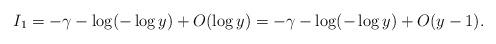
LaTeX: \begin{align*}I_1=-\gamma-\log(-\log y)+O(\log y)=-\gamma-\log(-\log y)+O(y-1).\end{align*}